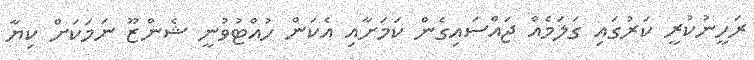
ރަހީނުކުރީ ކަރުގައި ގަލަމެއް ޖައްސައިގެން ކަމަށާއި އެކަން ހުއްޓުވުނީ ޝެންޒޫ ނަމަކަށް ކިޔާ